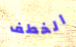
الخطف